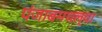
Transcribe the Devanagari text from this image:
पंजाबमधल्या